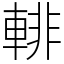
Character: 輫